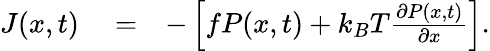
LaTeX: \begin{array}{rlr}{J(x,t)}&{{}=}&{-\left[fP(x,t)+k_{B}T{\frac{\partial P(x,t)}{\partial x}}\right].}\end{array}